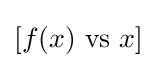
[f(x){\text{ vs }}x]